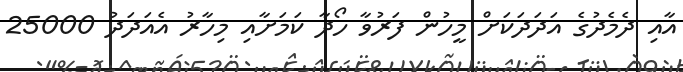
އާއި ދެމެދުގެ އަދަދަކަށް މީހުން ފަރުވާ ހޯދާ ކަަމަށާއި މިހާރު އެއަދަދު 25000